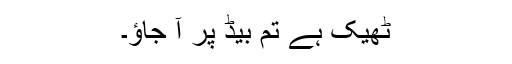
ٹھیک ہے تم بیڈ پر آ جاؤ۔